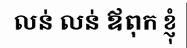
លន់ លន់ ឪពុក ខ្ញុំ